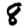
Digit: 8